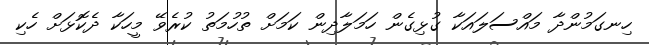
ހިނގަމުންދާ މައްސަލައަކާ ގުޅިގެން ހަމަލާދިން ކަމަށް ތުހުމަތު ކުރެވޭ މީހަކާ ދެކޮޅަށް ހެކި